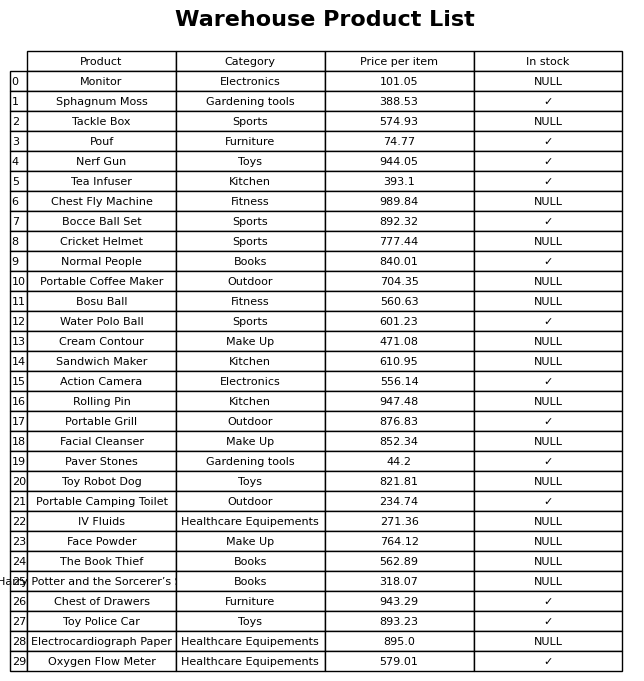
question: What is the price for Bocce Ball Set?
answer: The price of Bocce Ball Set is 892.32.